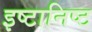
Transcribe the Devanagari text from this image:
इष्टानिष्ट